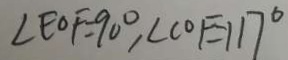
\angle E O F = 9 0 ^ { \circ } , \angle C O F = 1 1 7 ^ { \circ }